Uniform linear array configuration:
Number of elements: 64
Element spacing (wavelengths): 0.5
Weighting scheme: binomial
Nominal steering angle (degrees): -30
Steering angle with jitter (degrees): -31.866
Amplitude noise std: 0.05
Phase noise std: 0.05

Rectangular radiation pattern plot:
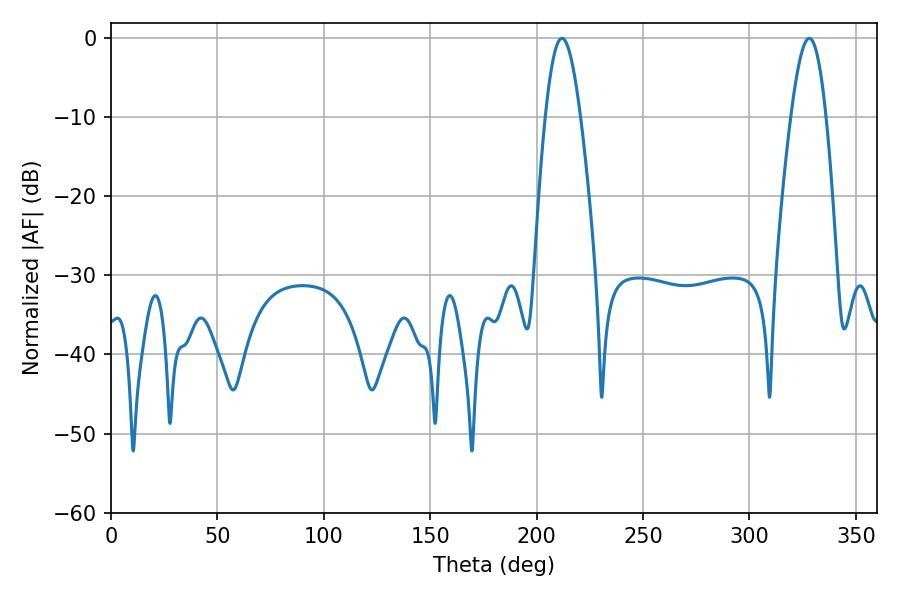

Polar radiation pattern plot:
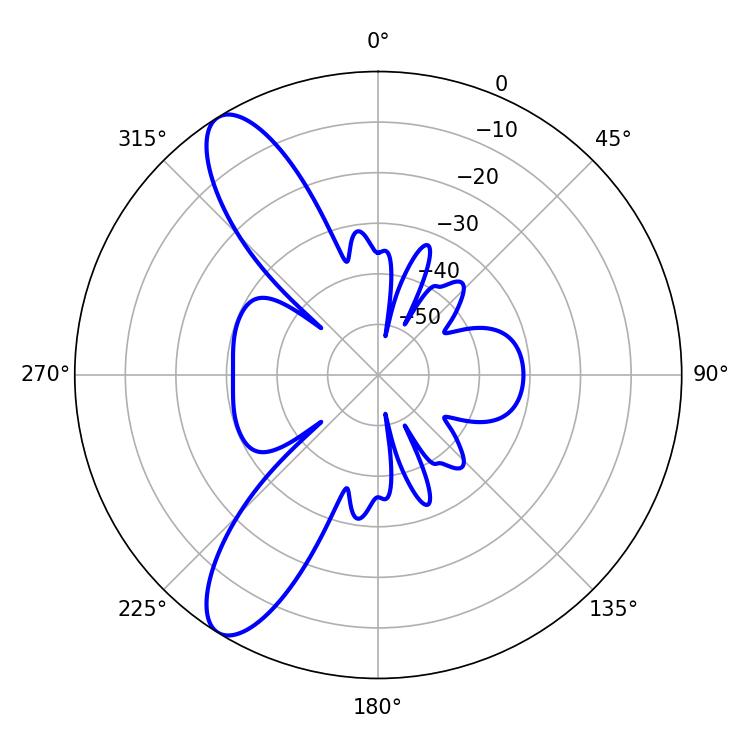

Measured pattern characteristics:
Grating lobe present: FALSE
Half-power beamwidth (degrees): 9
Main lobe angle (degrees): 211.86